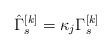
LaTeX: \begin{align*}\hat{\Gamma}_{s}^{[k]}=\kappa_{j}\Gamma_{s}^{[k]}\end{align*}